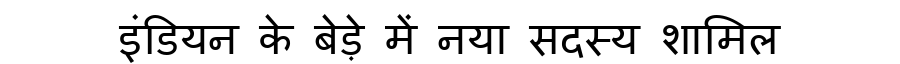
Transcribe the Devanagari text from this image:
इंडियन के बेड़े में नया सदस्य शामिल